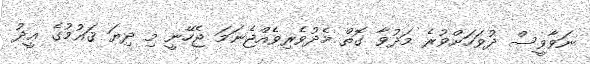
ނަވާވީސް ދުވަހަށްވުރެ މަދުވާ ގޮތް މެދުވެރިވެއްޖެނަމަ ޖެހޭނީ މި ދިޔަ ޤައުމުގެ ޢީދު